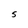
Character: S